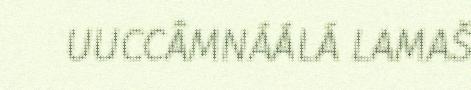
UUCCÂMNÁÁLÁ LAMAŠ